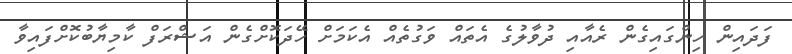
ފަދައިން ހިންގައިގެން ރެއާއި ދުވާލުގެ އެތައް ވަގުތެއް އެކަމަށް ހޭދަކޮށްގެން އަޝްރަފް ކާމިޔާބުކޮށްފައިވާ